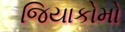
જિયાકોમો